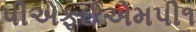
પીએફઈએમપી૧